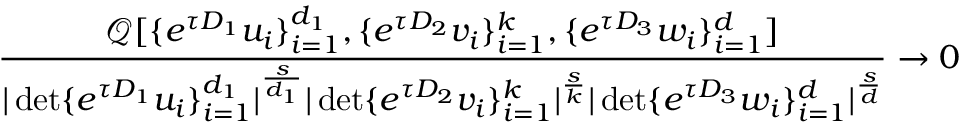
\frac { \mathcal { Q } [ \{ e ^ { \tau D _ { 1 } } u _ { i } \} _ { i = 1 } ^ { d _ { 1 } } , \{ e ^ { \tau D _ { 2 } } v _ { i } \} _ { i = 1 } ^ { k } , \{ e ^ { \tau D _ { 3 } } w _ { i } \} _ { i = 1 } ^ { d } ] } { | \operatorname* { d e t } \{ e ^ { \tau D _ { 1 } } u _ { i } \} _ { i = 1 } ^ { d _ { 1 } } | ^ { \frac { s } { d _ { 1 } } } | \operatorname* { d e t } \{ e ^ { \tau D _ { 2 } } v _ { i } \} _ { i = 1 } ^ { k } | ^ { \frac { s } { k } } | \operatorname* { d e t } \{ e ^ { \tau D _ { 3 } } w _ { i } \} _ { i = 1 } ^ { d } | ^ { \frac { s } { d } } } \rightarrow 0